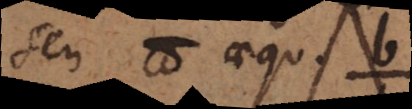
seu n aequ.